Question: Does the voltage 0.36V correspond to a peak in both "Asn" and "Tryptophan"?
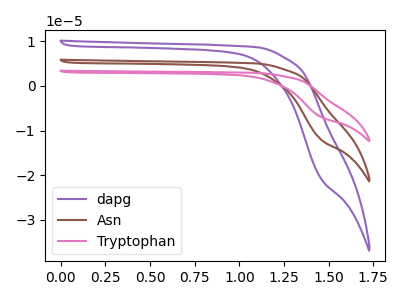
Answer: <think>The purple curve "dapg" has no peaks. The brown curve "Asn" has no peaks. The pink curve "Tryptophan" has no peaks.</think>
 <answer>No, "Asn" and "Tryptophan" dont share a peak at 0.36V.</answer>
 <eval>mismatch</eval>